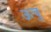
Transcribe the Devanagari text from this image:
ऊचु